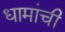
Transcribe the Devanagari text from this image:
धामांची